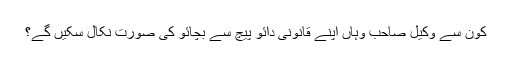
کون سے وکیل صاحب وہاں اپنے قانونی دائو پیچ سے بچائو کی صورت نکال سکیں گے؟